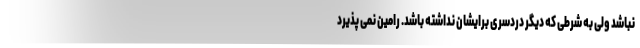
نباشد ولی به شرطی که دیگر دردسری برایشان نداشته باشد. رامین نمی پذیرد